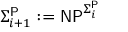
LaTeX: \Sigma _ { i + 1 } ^ { \mathsf { P } } : = { \mathsf { N P } } ^ { \Sigma _ { i } ^ { \mathsf { P } } }